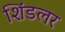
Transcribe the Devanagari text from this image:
शिंडलर